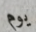
يوم